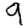
Digit: 9